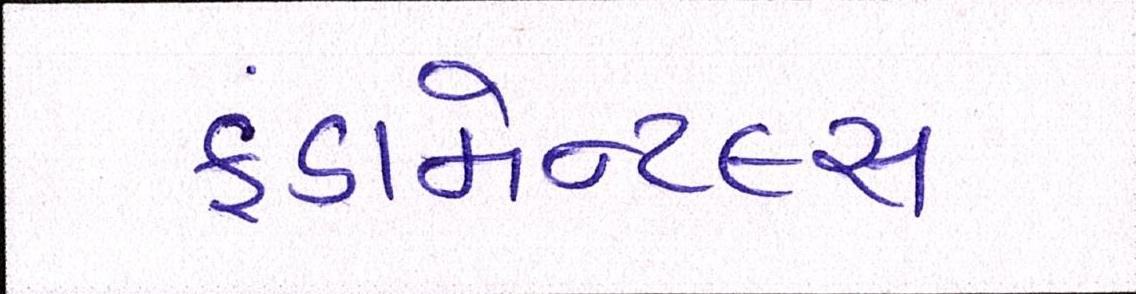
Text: ફંડામેન્ટલ્સ